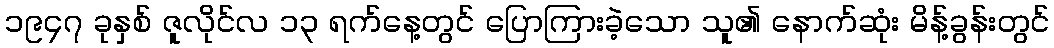
၁၉၄၇ ခုနှစ် ဇူလိုင်လ ၁၃ ရက်နေ့တွင် ပြောကြားခဲ့သော သူ၏ နောက်ဆုံး မိန့်ခွန်းတွင်